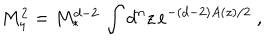
M _ { 4 } ^ { 2 } = M _ { * } ^ { d - 2 } \, \int d ^ { n } z \, e ^ { - ( d - 2 ) A ( z ) / 2 } \ ,